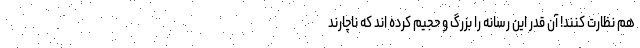
هم نظارت کنند! آن قدر این رسانه را بزرگ و حجیم کرده اند که ناچارند